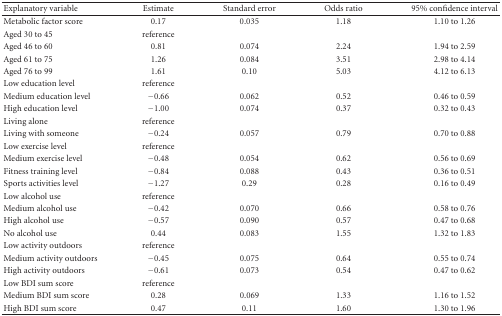
<table><thead><tr><td><b>Explanatory variable</b></td><td><b>Estimate</b></td><td><b>Standard error</b></td><td><b>Odds ratio</b></td><td><b>95% confidence interval</b></td></tr></thead><tbody><tr><td>Metabolic factor score</td><td>0.17</td><td>0.035</td><td>1.18</td><td>1.10 to 1.26</td></tr><tr><td>Aged 30 to 45</td><td>reference</td><td></td><td></td><td></td></tr><tr><td>Aged 46 to 60</td><td>0.81</td><td>0.074</td><td>2.24</td><td>1.94 to 2.59</td></tr><tr><td>Aged 61 to 75</td><td>1.26</td><td>0.084</td><td>3.51</td><td>2.98 to 4.14</td></tr><tr><td>Aged 76 to 99</td><td>1.61</td><td>0.10</td><td>5.03</td><td>4.12 to 6.13</td></tr><tr><td>Low education level</td><td>reference</td><td></td><td></td><td></td></tr><tr><td>Medium education level</td><td>−0.66</td><td>0.062</td><td>0.52</td><td>0.46 to 0.59</td></tr><tr><td>High education level</td><td>−1.00</td><td>0.074</td><td>0.37</td><td>0.32 to 0.43</td></tr><tr><td>Living alone</td><td>reference</td><td></td><td></td><td></td></tr><tr><td>Living with someone</td><td>−0.24</td><td>0.057</td><td>0.79</td><td>0.70 to 0.88</td></tr><tr><td>Low exercise level</td><td>reference</td><td></td><td></td><td></td></tr><tr><td>Medium exercise level</td><td>−0.48</td><td>0.054</td><td>0.62</td><td>0.56 to 0.69</td></tr><tr><td>Fitness training level</td><td>−0.84</td><td>0.088</td><td>0.43</td><td>0.36 to 0.51</td></tr><tr><td>Sports activities level</td><td>−1.27</td><td>0.29</td><td>0.28</td><td>0.16 to 0.49</td></tr><tr><td>Low alcohol use</td><td>reference</td><td></td><td></td><td></td></tr><tr><td>Medium alcohol use</td><td>−0.42</td><td>0.070</td><td>0.66</td><td>0.58 to 0.76</td></tr><tr><td>High alcohol use</td><td>−0.57</td><td>0.090</td><td>0.57</td><td>0.47 to 0.68</td></tr><tr><td>No alcohol use</td><td>0.44</td><td>0.083</td><td>1.55</td><td>1.32 to 1.83</td></tr><tr><td>Low activity outdoors</td><td>reference</td><td></td><td></td><td></td></tr><tr><td>Medium activity outdoors</td><td>−0.45</td><td>0.075</td><td>0.64</td><td>0.55 to 0.74</td></tr><tr><td>High activity outdoors</td><td>−0.61</td><td>0.073</td><td>0.54</td><td>0.47 to 0.62</td></tr><tr><td>Low BDI sum score</td><td>reference</td><td></td><td></td><td></td></tr><tr><td>Medium BDI sum score</td><td>0.28</td><td>0.069</td><td>1.33</td><td>1.16 to 1.52</td></tr><tr><td>High BDI sum score</td><td>0.47</td><td>0.11</td><td>1.60</td><td>1.30 to 1.96</td></tr></tbody></table>